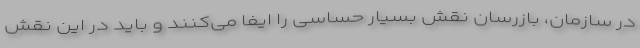
در سازمان، بازرسان نقش بسیار حساسی را ایفا می‌کنند و باید در این نقش